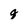
Character: q